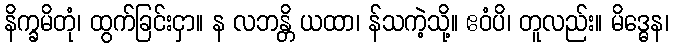
နိက္ခမိတုံ၊ ထွက်ခြင်းငှာ။ န လဘန္တိ ယထာ၊ န်သကဲ့သို့။ ဧဝံပိ၊ တူလည်း။ မိဒ္ဓေန၊